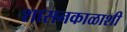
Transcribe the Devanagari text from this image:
शासनकाळाशी